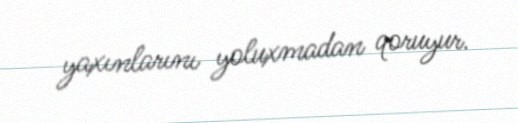
yaxınlarını yoluxmadan qoruyur.